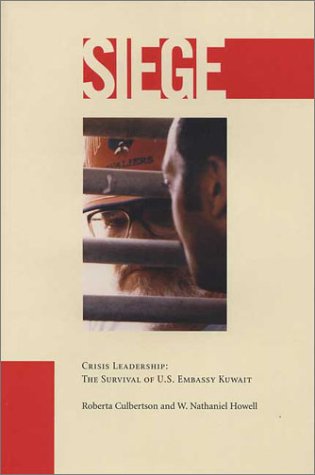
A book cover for Siege: Crisis Leadership & the Survival of U.S. Embassy Kuwait; W. Nathaniel Howell; History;